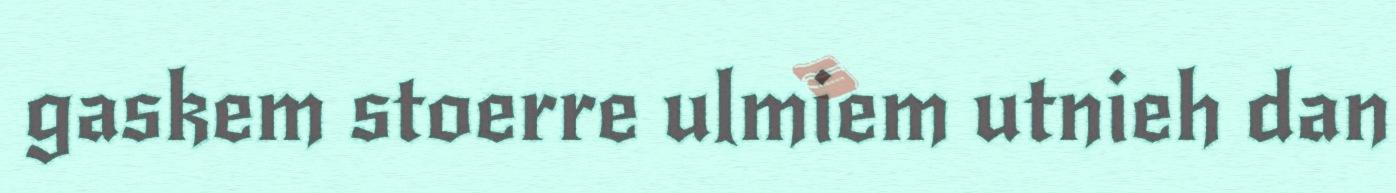
gaskem stoerre ulmiem utnieh dan